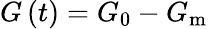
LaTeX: G\left(t\right)=G_{0}-G_{\mathrm{m}}